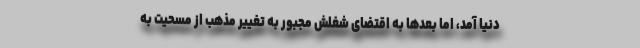
دنیا آمد، اما بعد‌ها به اقتضای شغلش مجبور به تغییر مذهب از مسحیت به